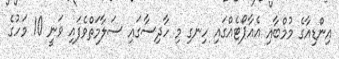
އިންޑިއާގެ މުމްބާއި އެއާޕޯޓެއްގައި ހިނގި މި ހާދިސާގައި ސަލާމަތްވެފައި ވަނީ 10 މަހުގެ